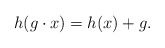
\begin{align*}h(g\cdot x)=h(x)+g.\end{align*}